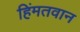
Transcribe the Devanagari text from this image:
हिंमतवान